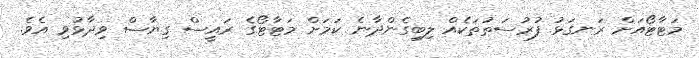
މަޓާޓޯއަށް ރަނގަޅު ފުރުސަތުތަކެއް ލިބިގެންދާނެ ކަމަށް މަޓާޓޯގެ ރައީސް ގިޔާސް ވިދާޅުވި އެވެ.